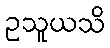
ဥသူယသိ